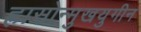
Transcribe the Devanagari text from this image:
ह्रासोन्मुखयुगीन